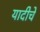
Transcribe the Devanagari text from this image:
यादीचे